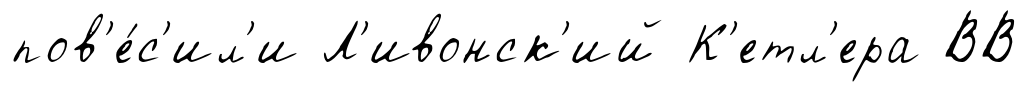
пов'е́с'ил'и Л'ивонск'ий К'етл'ера ВВ